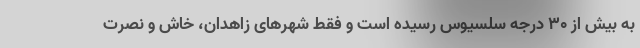
به بیش از 30 درجه سلسیوس رسیده است و فقط شهرهای زاهدان، خاش و نصرت